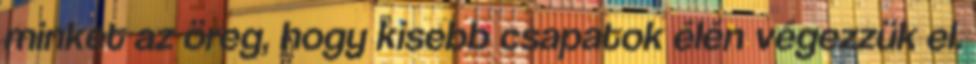
minket az öreg, hogy kisebb csapatok élén végezzük el.